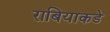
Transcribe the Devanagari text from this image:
राबियाकडे